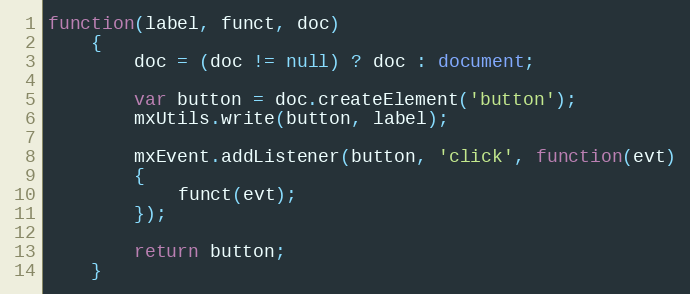
Language: JavaScript
function(label, funct, doc)
	{
		doc = (doc != null) ? doc : document;

		var button = doc.createElement('button');
		mxUtils.write(button, label);

		mxEvent.addListener(button, 'click', function(evt)
		{
			funct(evt);
		});

		return button;
	}